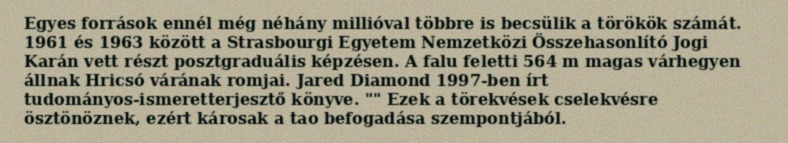
Egyes források ennél még néhány millióval többre is becsülik a törökök számát. 1961 és 1963 között a Strasbourgi Egyetem Nemzetközi Összehasonlító Jogi Karán vett részt posztgraduális képzésen. A falu feletti 564 m magas várhegyen állnak Hricsó várának romjai. Jared Diamond 1997-ben írt tudományos-ismeretterjesztő könyve. "" Ezek a törekvések cselekvésre ösztönöznek, ezért károsak a tao befogadása szempontjából.